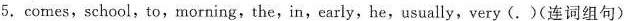
5.comes,school,to,morning,the,in,early,he,usually,very(.)(连词组句)